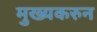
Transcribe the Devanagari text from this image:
मुख्यकरुन